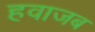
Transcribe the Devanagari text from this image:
हवाजब